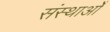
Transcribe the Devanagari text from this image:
संस्थाओँ